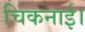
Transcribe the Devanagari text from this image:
चिकनाई।